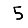
Digit: 5